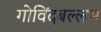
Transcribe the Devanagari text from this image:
गोविंदबल्लभ